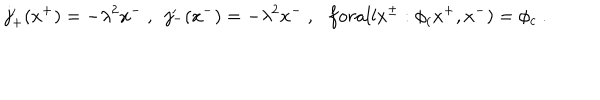
LaTeX: j _ { + } ^ { \prime } ( x ^ { + } ) = - \lambda ^ { 2 } x ^ { - } \ , \ \ j _ { - } ^ { \prime } ( x ^ { - } ) = - \lambda ^ { 2 } x ^ { - } \ , \ \ \, f o r a l l x ^ { \pm } : \phi _ { ( } x ^ { + } , x ^ { - } ) = \phi _ { c } \ .